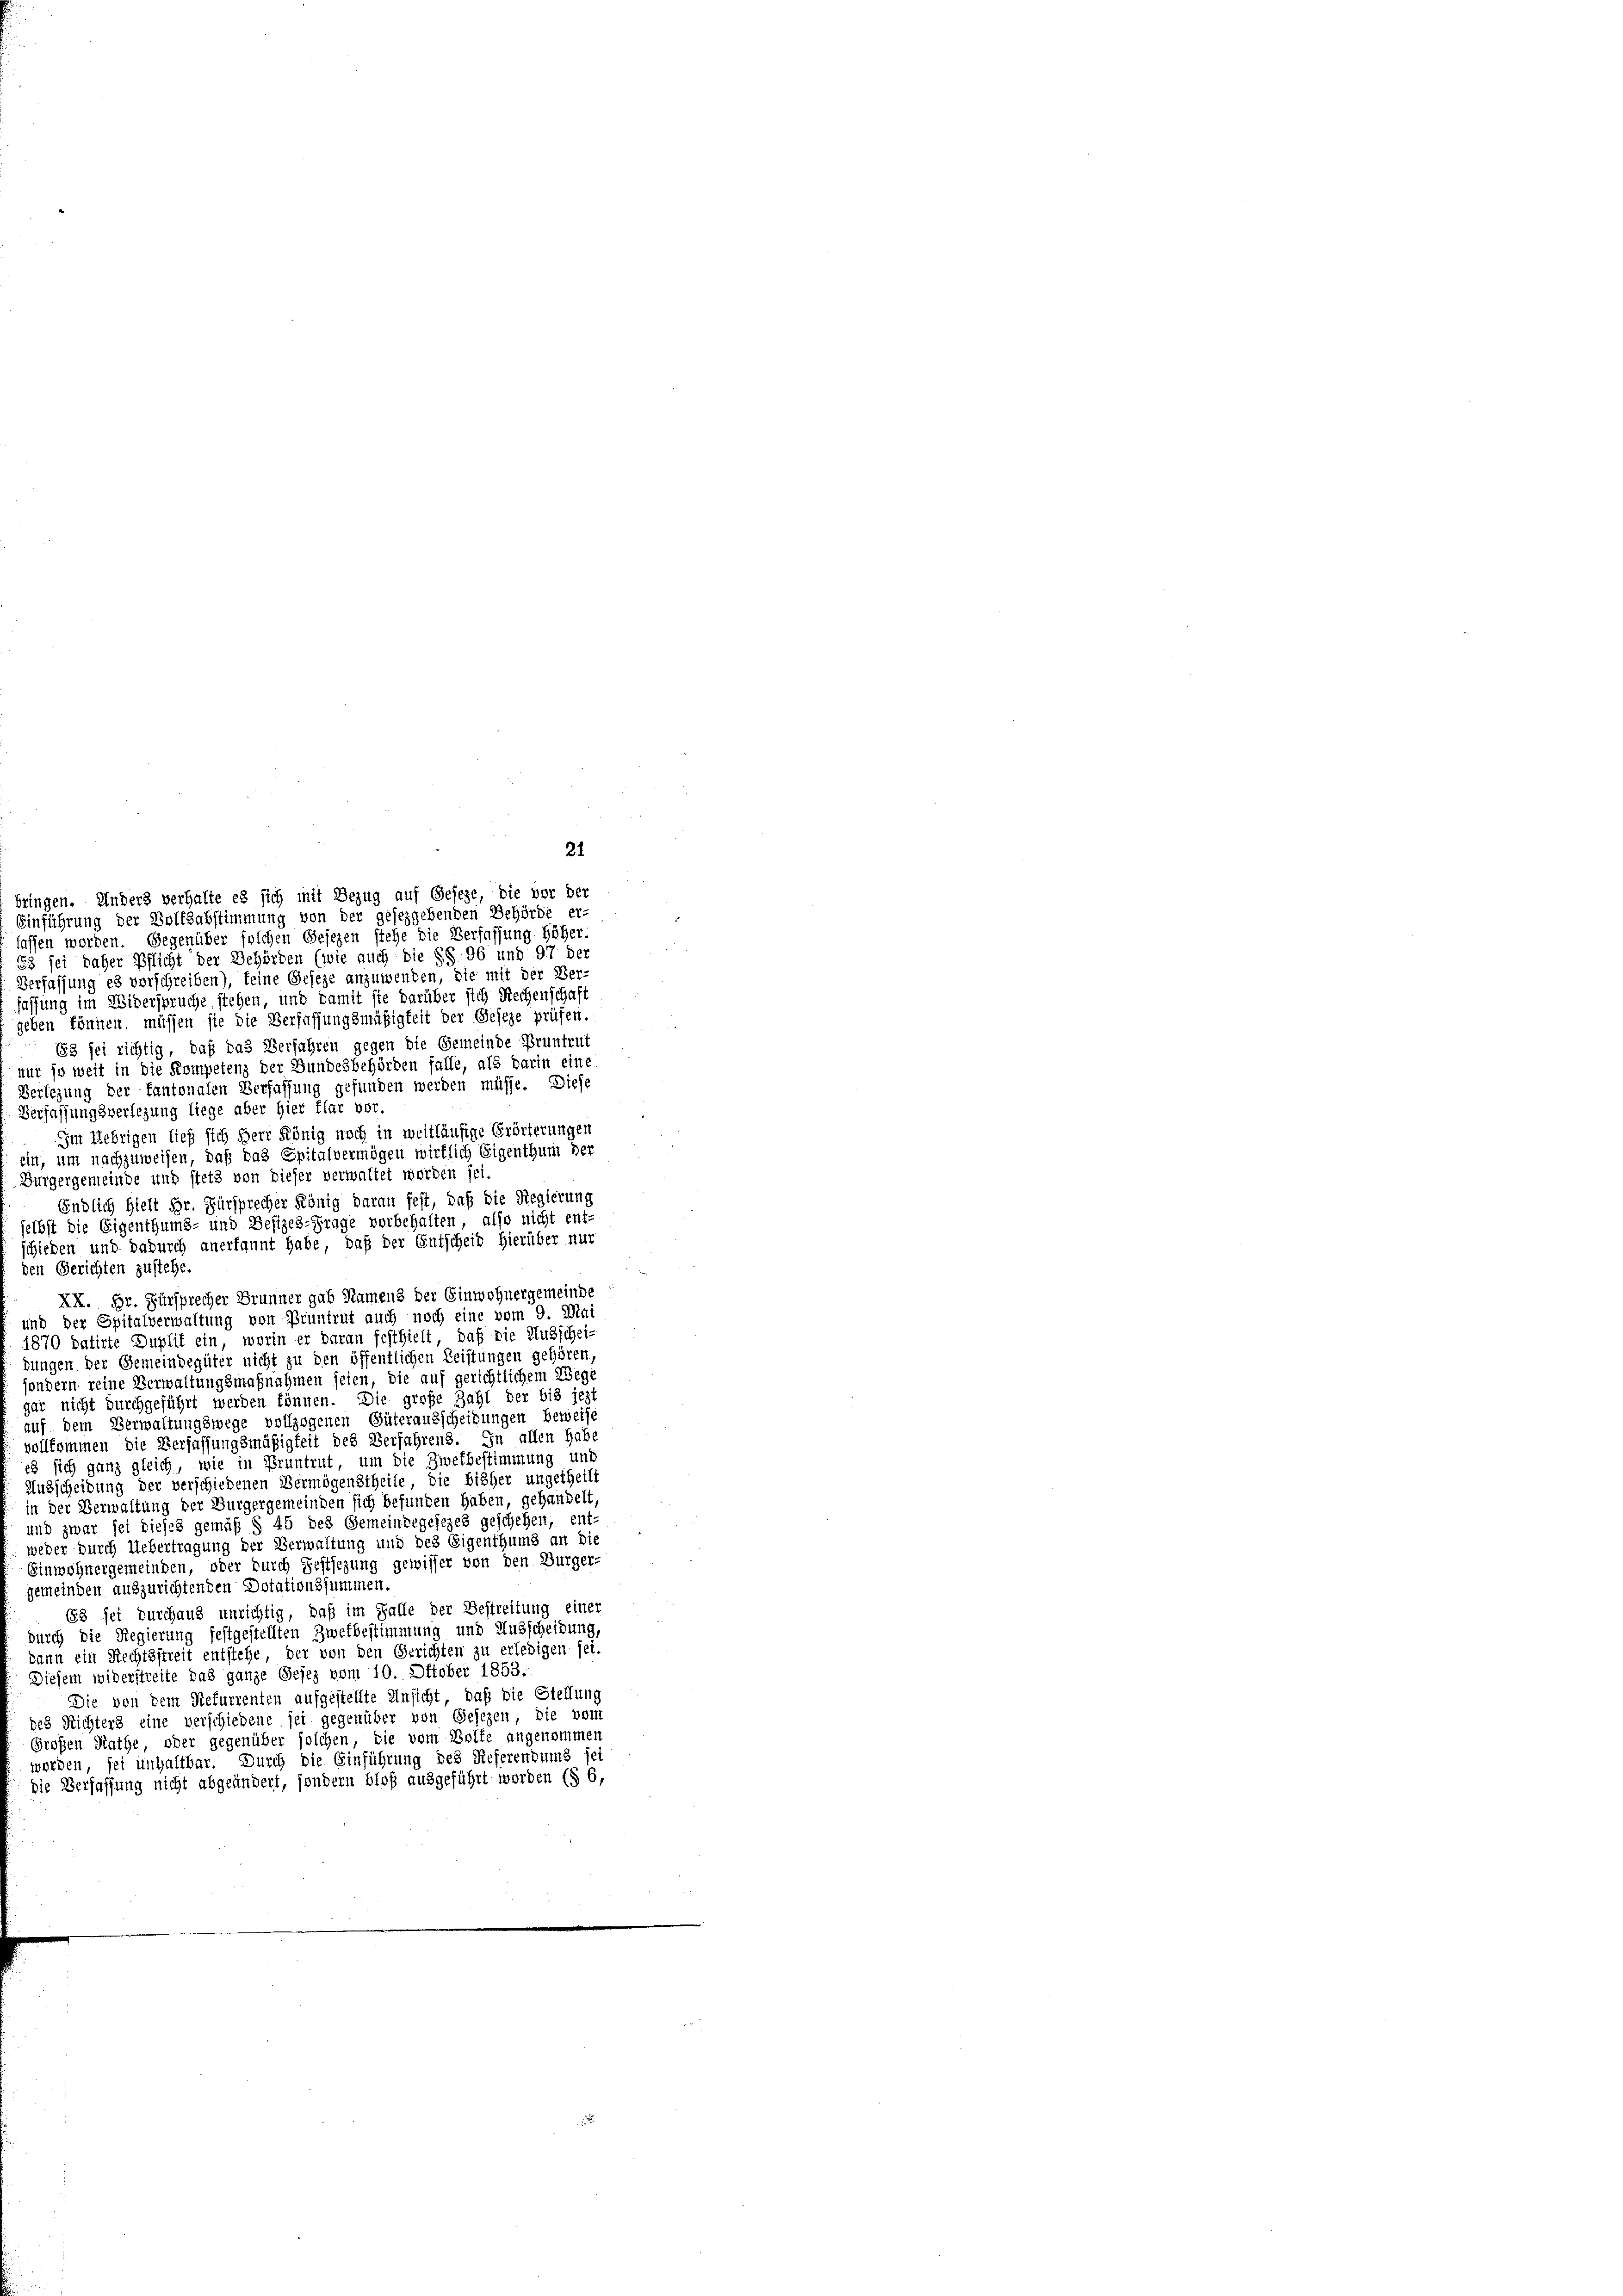
bringen. Anders verhalte es sich mit Bezug auf Geseze, die vor der
Einführung der Bolfsabstimmung von der gesezgebenden Behörde er-
lassen worden. Gegenüber solchen Gesezen stehe die Verfassung höher.
63 sei daher Pflicht der Behörden (wie auch die §§ 96 und 97 der
Verfassung es verschreiben), feine Geseze anzuwenden, die mit der Ver-
fassung im Widerspruche stehen, und damit sie darüber sich Rechenschaft
geben können, müssen sie die Verfassungsmäßigkeit der Geseze prüfen.
63 sei richtig, daß das Verfahren gegen die Gemeinde Pruntrut
nut so weit in die Kompetenz der Bundesbehörden falle, als darin eine
Verlegung der kantonalen Verfassung gefunden werden müsse. Diese
Verfassungsverlegung liege aber hier flar vor.
Im Uebrigen lief sich herr König noch in weitläufige Erörterungen
ein, um nachzuweisen, daß das Spitalvermögen wirklich Eigenthum der
Bürgergemeinde und stets von dieser verwaltet werden sei.
Endlich hielt Hr. Fürsprecher König daran fest, daß die Regierung
selbst die Eigenthums- und Besizes-Frage vorbehalten, also nicht ent-
schieden und dadurch anerkannt habe, daß der Entscheid hierüber nur
den Gerichten zustehe.
XX. Hr. Fürsprecher Brunner gab Namens der Einwohnergemeinde
und der Spitalverwaltung von Pruntrut auch noch eine vom 9. Mai
1870 datirte Duplit ein, worin er daran festhielt, daß die Ausschei-
dungen der Gemeindegüter nicht zu den öffentlichen Leistungen gehören
sondern reine Verwaltungsmaßnahmen seien, die auf gerichtlichem Wege
gar nicht durchgeführt werden können. Die große Zahl der bis jezt
auf dem Verwaltungswege vollzogenen Güterausscheidungen beweise
vollkommen die Verfassungsmäßigkeit des Verfahrens. In allen habe
es sich ganz gleich, wie in Pruntrut, um die Zwekbestimmung und
Ausscheidung der verschiedenen Vermögenstheile, die bisher ungetheilt
in der Verwaltung der Burgergemeinden sich befunden haben, gehandelt,
und zwar sei dieses gemäß § 45 des Gemeindegesezes geschehen, ent-
weder durch Uebertragung der Verwaltung und des Eigenthums an die
Einwohnergemeinden, oder durch Festsezung gewisser von den Bürger-
gemeinden auszurichtenden Dotationssummen.
63 sei durchaus unrichtig, daß im Falle der Bestreitung einer
durch die Regierung festgestellten Zwekbestimmung und Ausscheidung,
dann ein Rechtsstreit entstehe, der von den Gerichten zu erledigen sei.
Diesem widerstreite das ganze Gesez vom 10. Oktober 1853.
Die von dem Refurrenten aufgestellte Ansicht, daß die Stellung
des Richters eine verschiebene sei gegenüber von Gesezen, die vom
Großen Rathe oder gegenüber solchen, die vom Wolfe angenommen
werden, sei unhaltbar. Durch die Einführung des Referendung fei
die Verfassung nicht abgeändert, sondern bloß ausgeführt worden (§ 6,

21